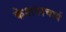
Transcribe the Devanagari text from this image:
केशवाचार्य